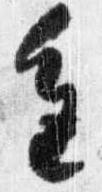
進